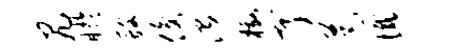
尻盱艘俊治檄亨芭憾